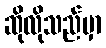
ဆိုလိုသည်မှာ